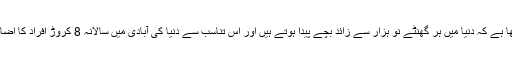
اخبار نے لکھا ہے کہ دنیا میں ہر گھنٹے نو ہزار سے زائد بچے پیدا ہوتے ہیں اور اس تناسب سے دنیا کی آبادی میں سالانہ 8 کروڑ افراد کا اضافہ ہورہا ہے۔